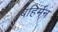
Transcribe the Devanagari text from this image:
बहिर्मन